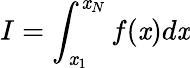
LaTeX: I=\int_{\mathit{x}_{1}}^{\mathit{x}_{N}}f(\mathit{x})d\mathit{x}